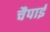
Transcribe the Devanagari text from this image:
चैपाई